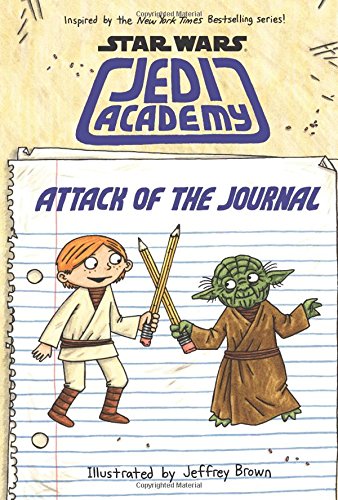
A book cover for Attack of the Journal (Star Wars: Jedi Academy); Jeffrey Brown; Children's Books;